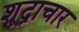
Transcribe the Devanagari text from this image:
शूद्राचार